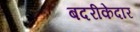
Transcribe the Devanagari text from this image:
बदरीकेदार